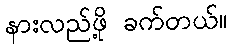
နားလည်ဖို့ ခက်တယ်။